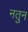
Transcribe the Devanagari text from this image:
नतुन